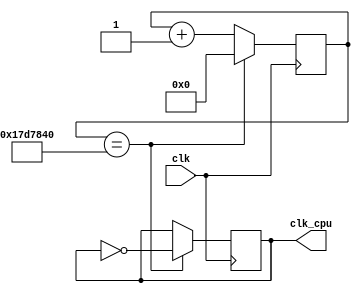
/**
 * clock for the cpu
 */
module clock_cpu (
    input clk,
    output clk_cpu
);

    reg r_clk = 0;
    reg [31:0] counter = 32'd0; 
    
    assign clk_cpu = r_clk;

    always @(posedge clk) begin
	     // d5000000 is 5 Hz with the CLOCK_50 input.
		  // d25000000 is 1 Hz with CLOCK_50 input.
        if (counter == 32'd25000000) begin
            r_clk <= ~r_clk;
            counter <= 32'd0; 
        end else begin
            counter <= counter + 32'd1; 
        end
        
    end
 
    
endmodule